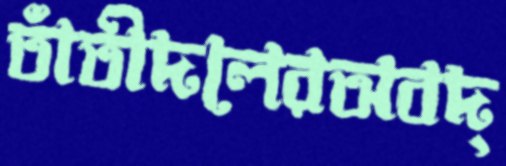
তাঁতীদলেরঅবদ্